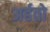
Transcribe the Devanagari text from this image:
अर्हतो